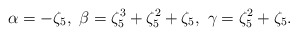
\begin{align*}\alpha=-\zeta_5,\ \beta=\zeta_5^3+\zeta_5^2+\zeta_5,\ \gamma=\zeta_5^2+\zeta_5. \end{align*}